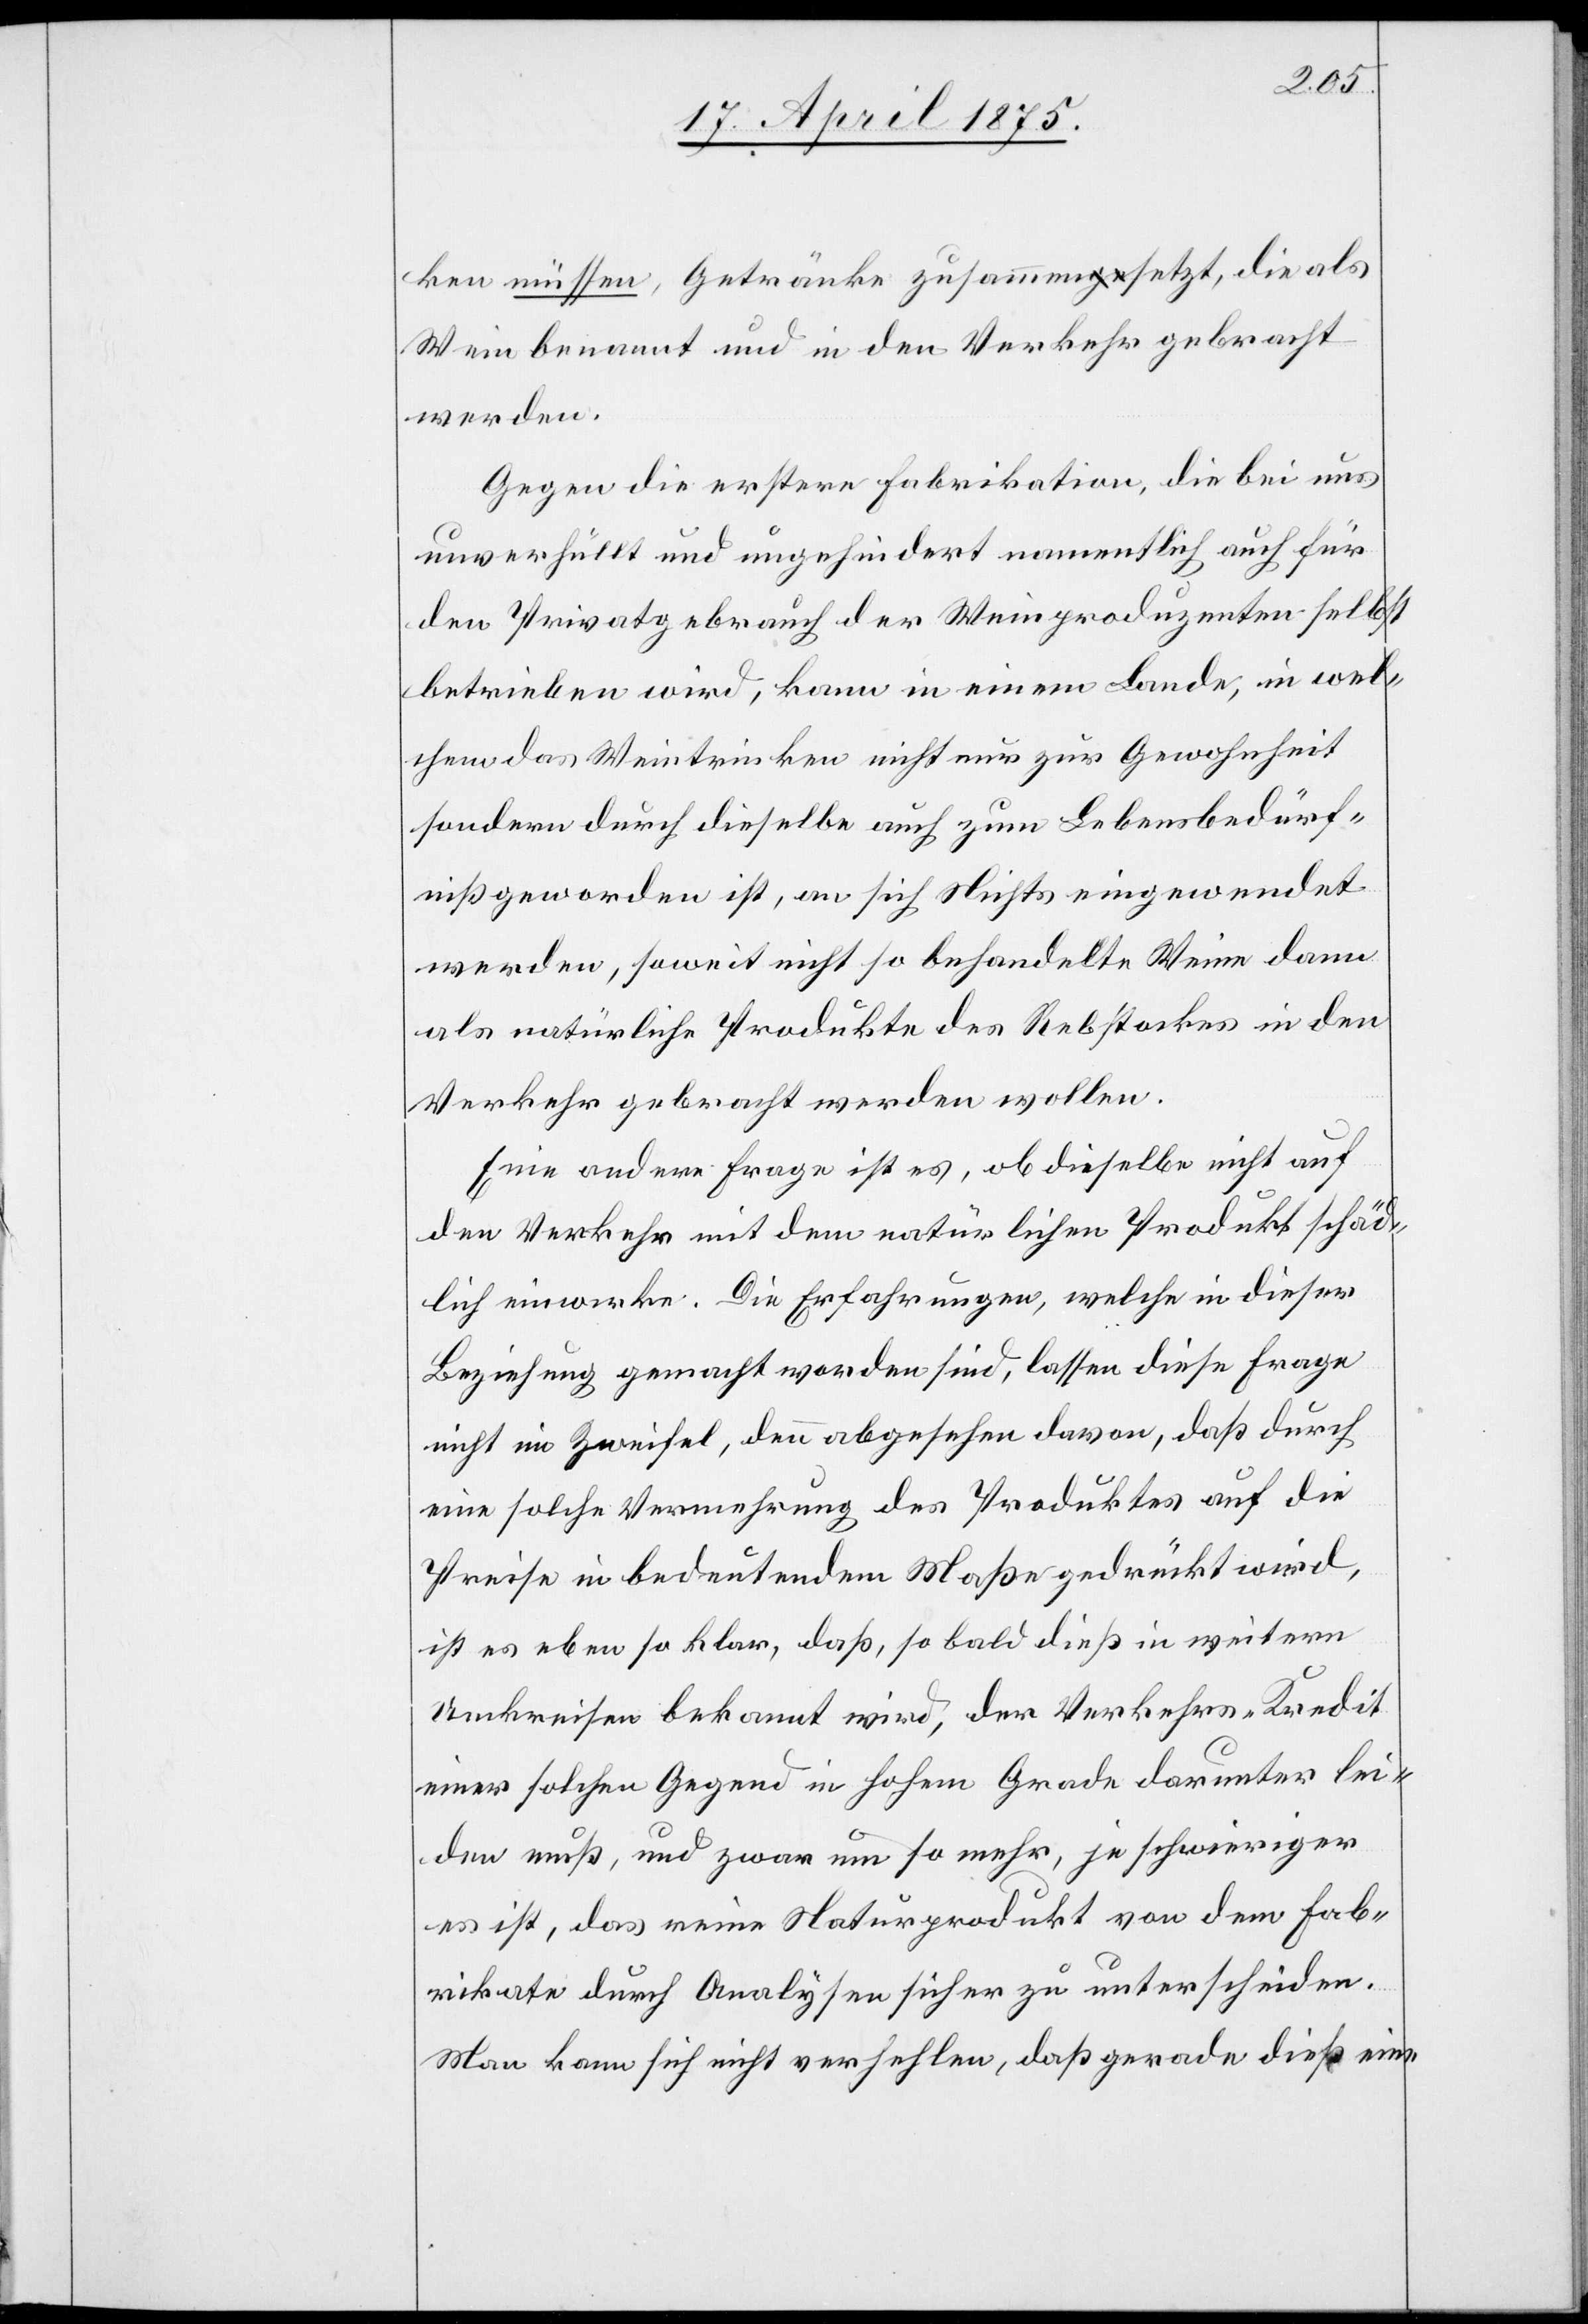
ken müssen, Getränke zusammensetzt, die als
Wein benannt und in den Verkehr gebracht
werden.
Gegen die erstere Fabrikation, die bei uns
unverhüllt und ungehindert namentlich auch für
den Privatgebrauch der Weinproduzenten selbst
betrieben wird, kann in einem Lande, in wel¬
chem das Weintrinken nicht nur zur Gewohnheit
sondern durch dieselbe auch zum Lebensbedürf¬
niß geworden ist, an sich Nichts eingewendet
werden, soweit nicht so behandelte Weine dann
als natürliche Produkte des Rebstockes in den
Verkehr gebracht werden wollen.
Eine andere Frage ist es, ob dieselbe nicht auf
den Verkehr mit dem natürlichen Produkt schäd¬
lich einwirke. Die Erfahrungen, welche in dieser
Beziehung gemacht worden sind, lassen diese Frage
nicht im Zweifel, denn abgesehen davon, daß durch
eine solche Vermehrung des Produktes auf die
Preise in bedeutendem Maße gedrückt wird,
ist es ebenso klar, daß, so bald dieß in weitern
Umkreise bekannt wird, der Verkehrs-Kredit
einer solchen Gegend in hohem Grade darunter lei¬
den muß, und zwar um so mehr, je schwieriger
es ist, das reine Naturprodukt von dem Fab¬
rikate durch Analysen dieser zu unterscheiden.
Man kann sich nicht verhehlen, daß gerade dieß eine